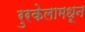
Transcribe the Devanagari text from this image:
रुरकेलामधून